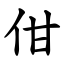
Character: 佄